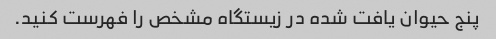
پنج حیوان یافت شده در زیستگاه مشخص را فهرست کنید.